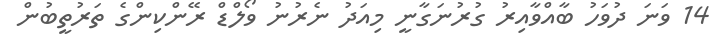
14 ވަނަ ދުވަހު ބާއްވާއިރު ގުރުނަގާނީ މިއަދު ނެރުނު ވޯލްޑް ރޭންކިންގެ ތަރުތީބުން